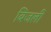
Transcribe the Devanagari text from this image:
बिजली